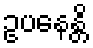
ဥပနေန္တိ